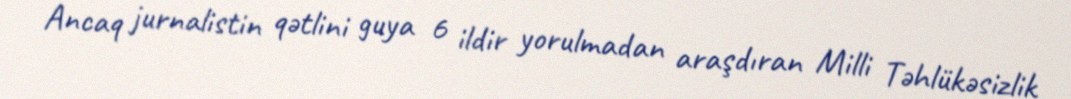
Ancaq jurnalistin qətlini guya 6 ildir yorulmadan araşdıran Milli Təhlükəsizlik